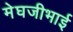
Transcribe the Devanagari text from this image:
मेघजीभाई